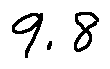
9 . 8